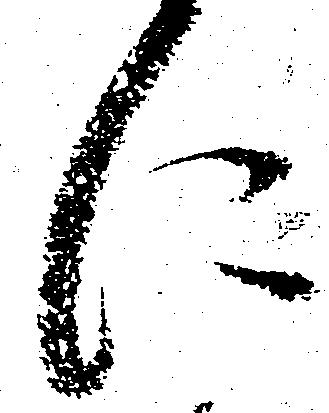
に